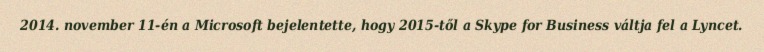
2014. november 11-én a Microsoft bejelentette, hogy 2015-től a Skype for Business váltja fel a Lyncet.